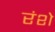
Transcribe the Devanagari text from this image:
रंशे